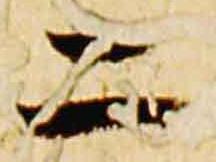
二